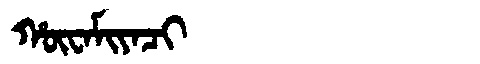
Manchu: ᡥᡡᠸᠠᠮᡳᠶᠠᠴᡳ
Romanization: HŪWAMIYACI